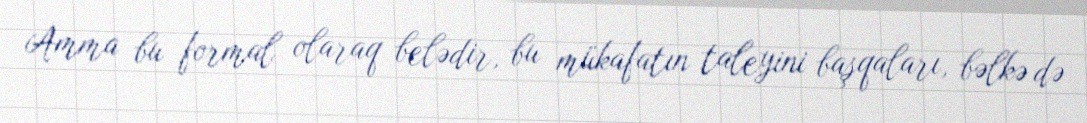
Amma bu formal olaraq belədir, bu mükafatın taleyini başqaları, bəlkə də